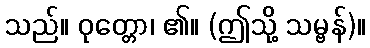
သည်။ ဝုတ္တော၊ ၏။ (ဤသို့ သမ္ဗန်)။